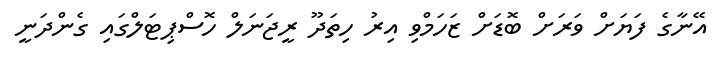
އޭނާގެ ފަޔަށް ވަރަށް ބޮޑަށް ޒަހަމްވި އިރު ހިތަދޫ ރީޖަނަލް ހޮސްޕިޓަލްގައި ގެންދަނީ